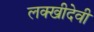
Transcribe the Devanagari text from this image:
लक्खीदेवी